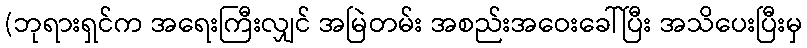
(ဘုရားရှင်က အရေးကြီးလျှင် အမြဲတမ်း အစည်းအဝေးခေါ်ပြီး အသိပေးပြီးမှ